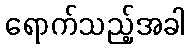
ရောက်သည့်အခါ